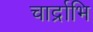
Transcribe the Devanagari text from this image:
चार्द्राभि